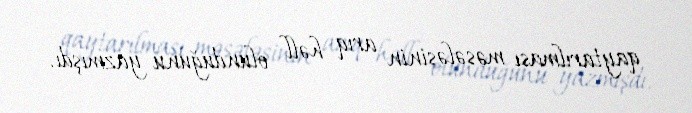
qaytarılması məsələsinin arıq həll olunduğunu yazmışdı.